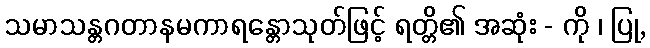
သမာသန္တဂတာနမကာရန္တောသုတ်ဖြင့် ရတ္တိ၏ အဆုံး - ကို ၊ ပြု,